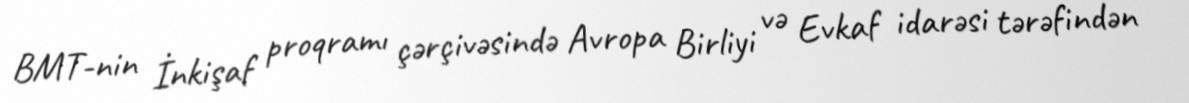
BMT-nin İnkişaf proqramı çərçivəsində Avropa Birliyi və Evkaf idarəsi tərəfindən